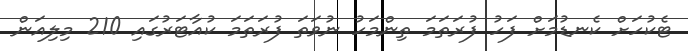
ޓެކުހަށް ކެނޑުމަށް ފަހު ފުރަތަމަ ތިންމަހު ނުވަތަ ފުރަތަމަ ކުއާޓަރުގައި 210 މިލިއަން